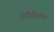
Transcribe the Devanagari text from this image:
मेटाफ़िज़िक्स